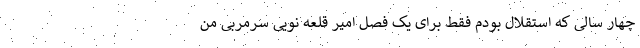
چهار سالی که استقلال بودم فقط برای یک فصل امیر قلعه نویی سرمربی من